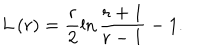
LaTeX: L \left( r \right) = \frac r 2 \ln \frac { r + 1 } { r - 1 } - 1 .